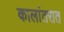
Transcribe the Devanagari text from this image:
कालांतरात